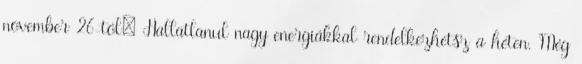
november 26-tól: Hallatlanul nagy energiákkal rendelkezhetsz a héten. Még